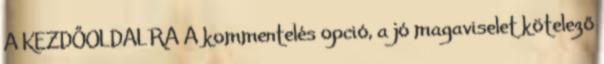
A KEZDŐOLDALRA A kommentelés opció, a jó magaviselet kötelező